Lunatic asylums in Bengal annual reports 1888-1898 - 1888-1898
Year: 1888
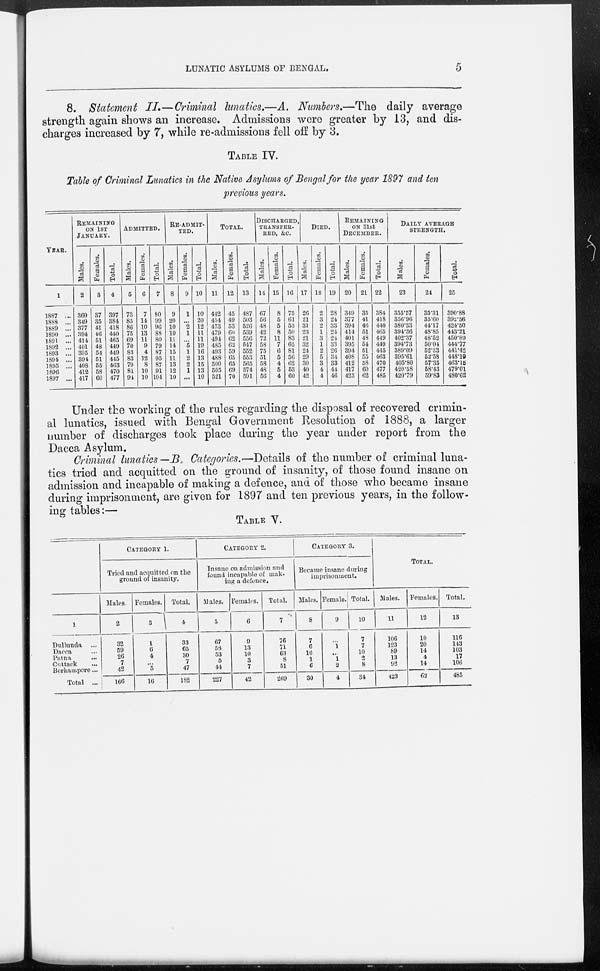
LUNATIC ASYLUMS OF BENGAL.
5
8. Statement II.—Criminal lunatics.—A. Numbers.—The daily average
strength again shows an increase. Admissions were greater by 13, and dis-
charges increased by 7, while re-admissions fell off by 3.
TABLE IV.
Table of Criminal Lunatics in the Native Asylums of Bengal for the year 1897 and ten
previous years.
YEAR.
1
1887 ...
1888 ...
1889 ...
1890 ...
1891 ...
1892 ...
1893 ...
1894 ...
1895 ...
1896 ...
1897 ...
REMAINING
ON 1ST
JANUARY.
Males.
2
360
349
377
394
414
401
395
394
408
412
417
Females.
3
37
35
41
46
51
48
54
51
55
58
60
Total.
4
397
384
418
440
465
449
449
445
463
470
477
ADMITTED.
Males.
5
73
85
86
75
69
70
83
83
79
81
94
Females.
6
7
14
10
13
11
9
4
12
8
10
10
Total.
7
80
99
96
88
80
79
87
95
87
91
104
RE-ADMIT-
----
Males.
8
9
20
10
10
11
14
15
11
13
12
10
Females.
9
1
...
2
1
...
5
1
2
2
1
...
Total.
10
10
20
12
11
11
19
16
13
15
13
10
TOTAL.
Males.
11
442
454
473
479
494
485
493
488
500
505
521
Females.
12
45
49
53
60
62
62
59
65
65
69
70
Total.
13
487
503
526
539
556
547
552
553
565
574
591
DISCHARGED
TANSFER-
RED, &c.
Males.
14
67
56
48
42
72
58
75
51
58
48
56
Females.
15
8
5
5
8
11
7
6
5
4
5
4
Total.
16
75
61
53
50
83
65
81
56
62
53
60
DIED.
Males.
17
26
21
31
23
21
32
24
29
30
40
42
Females.
18
2
3
2
1
3
1
2
5
3
4
4
Total.
19
28
24
33
24
24
33
26
34
33
44
46
REMAINING
ON 31st
DECEMBER.
Males.
20
349
377
394
414
401
395
394
408
412
417
423
Females.
21
35
41
46
51
48
54
51
55
58
60
62
Total.
22
384
418
440
465
449
449
445
463
470
477
485
DAILY AVERAGE
STRENGTH.
Males.
23
355.57
356.96
380.33
394.36
402.37
394.73
389.09
395.61
405.80
420.58
420.79
Females.
24
35.31
35.60
44.17
48.85
48.52
50.04
52.33
52.58
57.35
68.43
59.83
Total.
25
390.88
392.56
424.50
443.21
450.89
444.77
441.42
448.19
463.15
479.01
480.62
Under the working of the rules regarding the disposal of recovered crimin-
al lunatics, issued with Bengal Government Resolution of 1888, a larger
number of discharges took place during the year under report from the
Dacca Asylum.
Criminal lunatics—B.Categories.—Details of the number of criminal luna-
tics tried and acquitted on the ground of insanity, of those found insane on
admission and incapable of making a defence, and of those who became insane
during imprisonment, are given for 1897 and ten previous years, in the follow-
ing tables:—
TABLE V.
1
Dullunda ...
Dacca ...
Patna ...
Cuttack ...
Berhampore ...
Total
...
CATEGORY 1.
Tried and acquitted on the
ground of insanity.
Males.
2
32
59
26
7
42
166
Females.
3
1
6
4
...
5
16
Total.
4
33
65
30
7
47
182
CATEGORY 2.
Insane on admission and
found incapable of mak-
ing a defence.
Males.
5
67
58
53
5
44
227
Females.
6
9
13
10
3
7
42
Total.
7
76
71
63
8
51
269
CATEGORY 3.
Became insane during
imprisonment.
Males.
8
7
6
10
1
6
30
Female.
9
...
1
...
1
2
4
Total.
10
7
7
10
2
8
34
TOTAL.
Males.
11
106
123
89
13
92
423
Females.
12
10
20
14
4
14
62
Total.
13
116
143
103
17
106
485